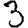
Digit: 3